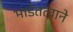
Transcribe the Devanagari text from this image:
भाडेतत्वाने